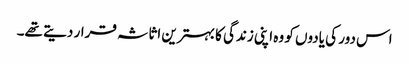
اس دور کی یادوں کو وہ اپنی زندگی کا بہترین اثاثہ قرار دیتے تھے۔